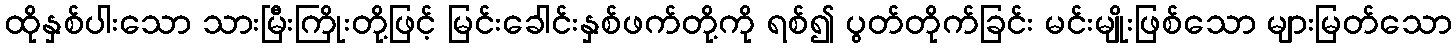
ထိုနှစ်ပါးသော သားမြီးကြိုးတို့ဖြင့် မြင်းခေါင်းနှစ်ဖက်တို့ကို ရစ်၍ ပွတ်တိုက်ခြင်း မင်းမျိုးဖြစ်သော များမြတ်သော